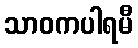
သာဝကပါရမီ